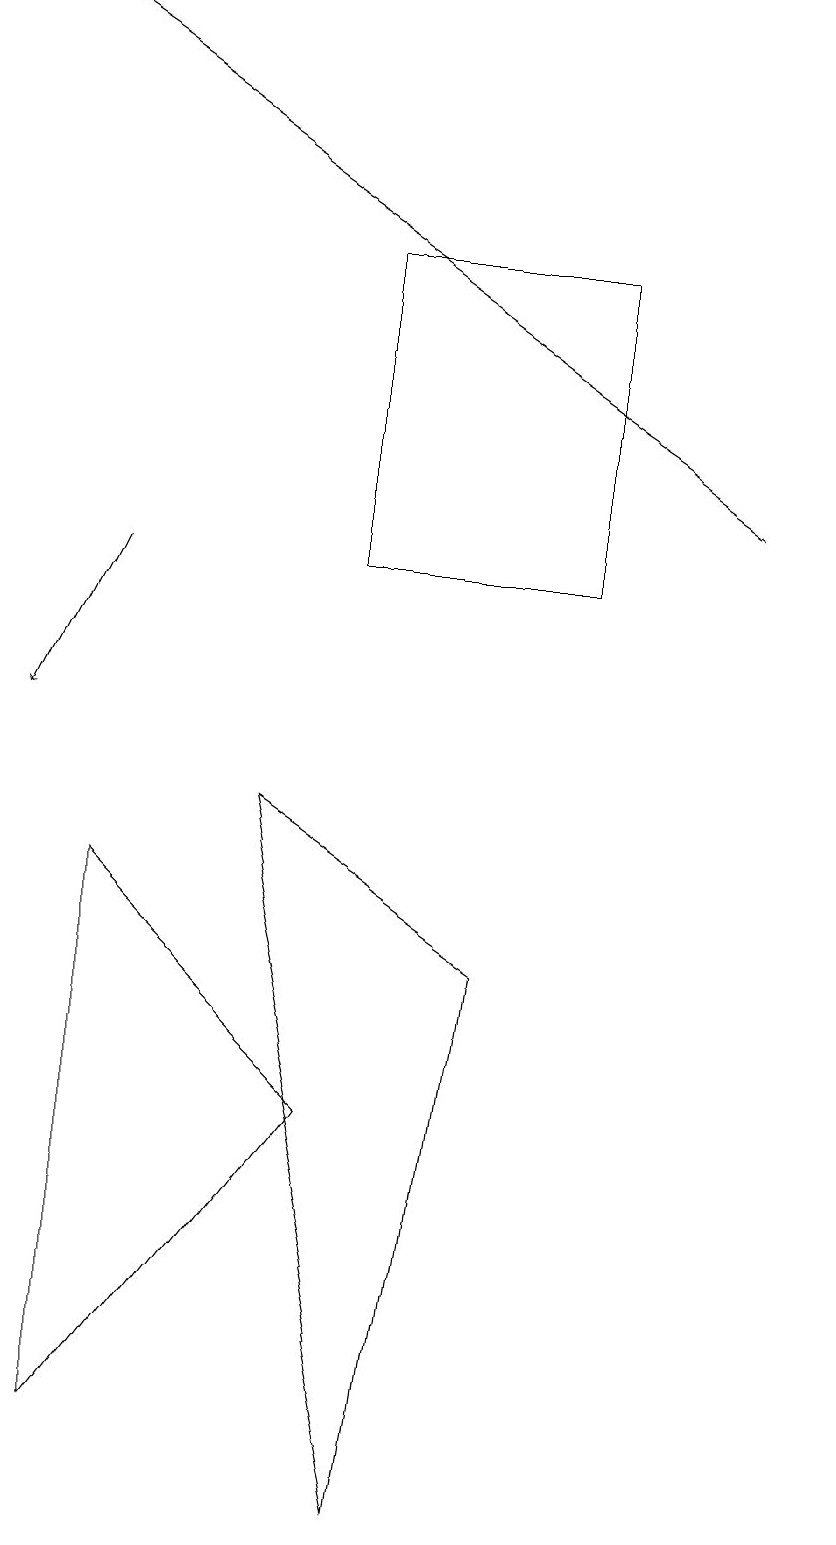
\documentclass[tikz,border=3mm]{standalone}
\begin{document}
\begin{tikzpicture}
\draw (4,12) rectangle (7,16);
\draw (4,5) -- (1,8) -- (1,1) -- cycle;
\draw[->] (1,12) -- (0,10);
\draw[->] (9,13) -- (0,19);
\draw (10,10) circle (0);
\draw (6,7) -- (5,0) -- (3,9) -- cycle;
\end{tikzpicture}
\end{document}